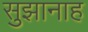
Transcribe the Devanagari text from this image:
सुझानाह